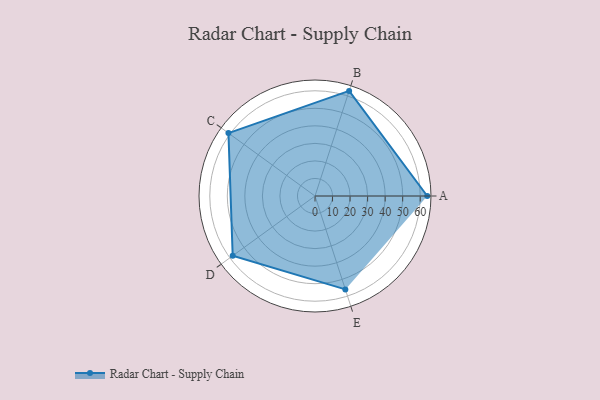
{"axis": {"x": "Skill", "y": "Score"}, "legend": ["Profile"], "data": [{"x": "A", "y": 64.0, "type": "Profile"}, {"x": "B", "y": 63.0, "type": "Profile"}, {"x": "C", "y": 61.0, "type": "Profile"}, {"x": "D", "y": 58.0, "type": "Profile"}, {"x": "E", "y": 56.0, "type": "Profile"}]}